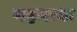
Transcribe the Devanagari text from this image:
महमाया